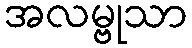
အလမ္ဗုသာ